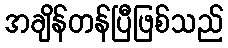
အချိန်တန်ပြီဖြစ်သည်